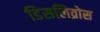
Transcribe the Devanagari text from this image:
डिसलिव्रोस